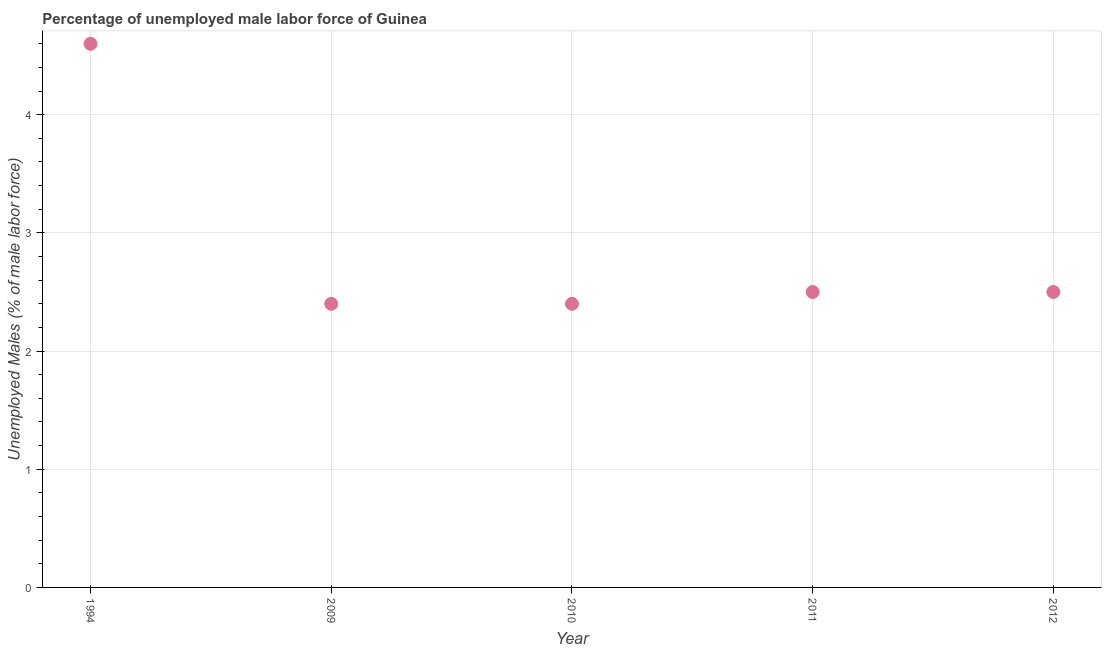
| Year | Unemployment male |
 | --- | --- |
 | 1994 | 4.6 |
 | 2009 | 2.4 |
 | 2010 | 2.4 |
 | 2011 | 2.5 |
 | 2012 | 2.5 |